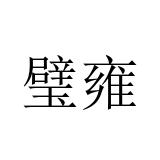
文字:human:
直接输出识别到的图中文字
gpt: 璧雍